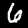
Label: 6